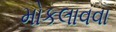
મોકલાવવા